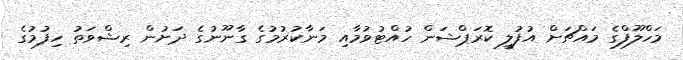
މަހްލޫފްގެ މައްޗަށް އުފުލީ ކޮރަޕްޝަން ހުއްޓުވުމާއި މަނާކުރުމުގެ ގާނޫނުގެ ދަށުން ރިޝްވަތު ހިފުމުގެ